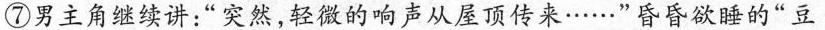
⑦男主角继续讲：”突然，轻微的响声从屋顶传来……”昏昏欲睡的”豆